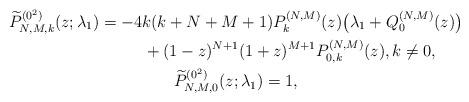
LaTeX: \begin{gather*} \widetilde{P}_{N,M,k}^{(0^{2})}(z; \lambda_1) = -4k ( k+N+M+1 ) P_{k}^{(N,M) }(z) \big( \lambda _{1}+Q_{0}^{(N,M) }(z) \big) \\\hphantom{\widetilde{P}_{N,M,k}^{(0^{2})}(z; \lambda_1) =}{}+(1-z) ^{N+1}(1+z) ^{M+1}P_{0,k}^{( N,M) }(z) , k\ne 0,\\ \widetilde{P}_{N,M,0}^{(0^{2})}(z; \lambda_1) =1,\end{gather*}